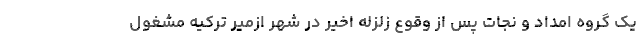
یک گروه امداد و نجات پس از وقوع زلزله اخیر در شهر ازمیر ترکیه مشغول